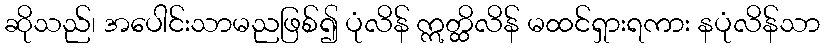
ဆိုသည်၊ အပေါင်းသာမညဖြစ်၍ ပုံလိန် ဣတ္ထိလိန် မထင်ရှားရကား နပုံလိန်သာ